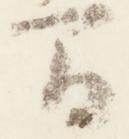
間